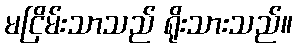
မငြိမ်းသာသည် ရိုးသားသည်။